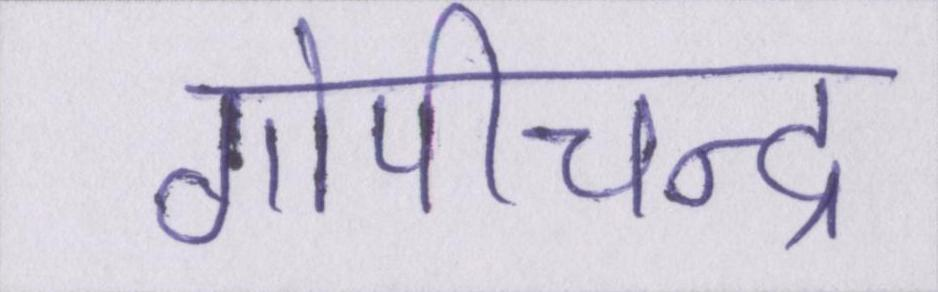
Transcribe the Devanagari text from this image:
गोपीचन्द्र